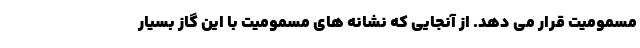
مسمومیت قرار می دهد. از آنجایی که نشانه های مسمومیت با این گاز بسیار